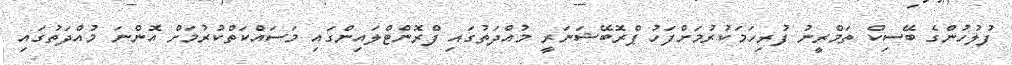
ފުލުހުންގެ ބޭސިކް ތަމްރީނު ފުރިހަމަކުރުމަށްފަހު ޕްރޮބޭޝަނަރީ މުއްދަތުގައި ފްރޮންޓްލައިންގައި މަސައްކަތްކުރުމަށް އޮންނަ މުއްދަތުގައި